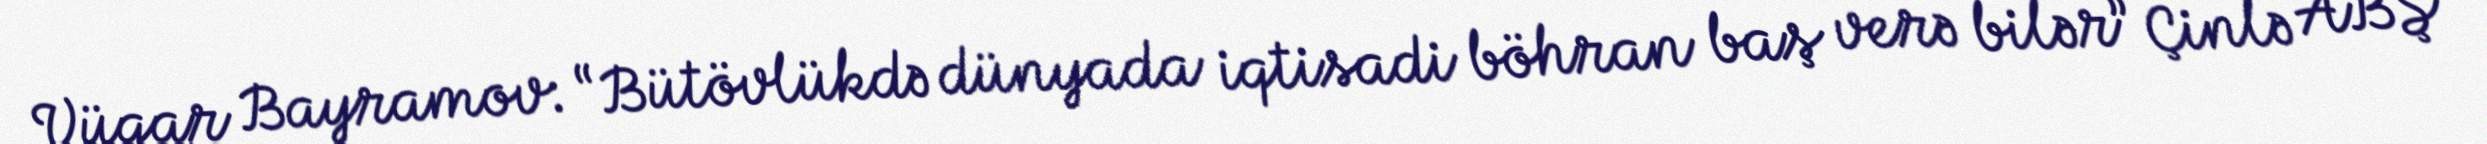
Vüqar Bayramov: “Bütövlükdə dünyada iqtisadi böhran baş verə bilər” Çinlə ABŞ